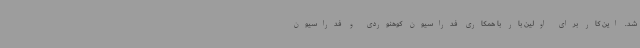
شد. این کار برای اولین بار با همکاری فدراسیون کوهنوردی و فدراسیون